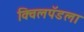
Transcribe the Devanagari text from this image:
क्विलपॅडला